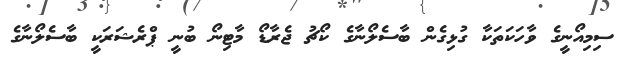
ސިމިއޯނީގެ ވާހަކަތަކާ ގުޅިގެން ބާސެލޯނާގެ ކޯޗު ޖެރާޑޯ މާޓިނޯ ބުނީ ޕްރެޝަރަކީ ބާސެލޯނާގެ